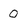
Character: 0